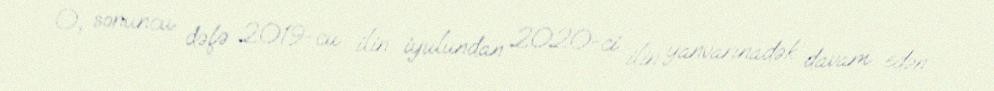
O, sonuncu dəfə 2019-cu ilin iyulundan 2020-ci ilin yanvarınadək davam edən